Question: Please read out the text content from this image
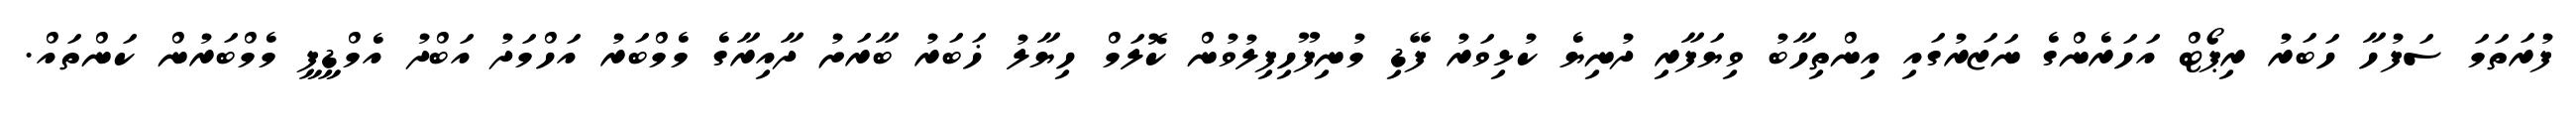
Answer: ފުރަތަމަ ސަފުހާ ހަބަރު ރިޕޯޓް އަހަރެންގެ ނަޒަރުގައި އިންތިހާބު ވިޔަފާރި ދުނިޔެ ކުޅިވަރު ފޭޑި މުނިފޫހިފިލުވުން ކޮލަމް ހިޔާލު ޚަބަރު ބާރަށު ދާއިރާގެ މެމްބަރު އަހްމަދު އަބްދު އެމްޑީޕީ މެމްބަރުން ކަންތައް.